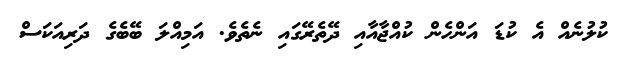
ކުލުނެއް އެ ކުޑަ އަންހެން ކުއްޖާއާއި ދޭތެރޭގައި ނެތެވެ. އަމިއްލަ ބޭބެގެ ދަރިއަކަސް